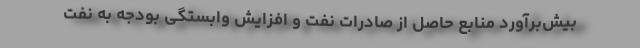
بیش‌برآورد منابع حاصل از صادرات نفت و افزایش وابستگی بودجه به نفت